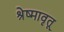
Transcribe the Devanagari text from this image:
श्रेष्मावृतू